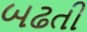
બઢતી